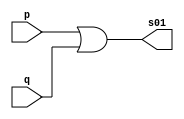
// ----------------------------------------
// Exerccio0010 - OR
// Nome: Joo Henrique Mendes de Oliveira
// ----------------------------------------

// -------------------------
// -- or gate
// -------------------------

module orgate01(output s01, input p, q);
	assign s01 = p | q;
endmodule //-- orgate01

module orgate02(output s02, input r, t);
	assign s02 = r | t;
endmodule //-- orgate02

module orgate(output s, input s01, s02);
	assign s = s01 | s02;
endmodule //-- orgate

// -------------------------
// -- test orgate
// -------------------------

module testorgate;
	reg a, b, c, d;
	wire s01, s02, s;
	
	orgate OR1(s01, a, b);
	orgate OR2(s02, c, d);
	orgate OR3(s, s01, s02);
	
	initial begin:start
		a = 0; b = 0; c = 0; d = 0;
	end //-- start
	
	initial begin:main
		$display("Exerccio0009 - Joo Henrique - 392734");
		$display("Test OR gate");
		$display("\na | b | c | d = s\n");
		$monitor("%b | %b | %b | %b = %b", a, b, c, d, s);
		
	#1 a = 0; b = 0; c = 0; d = 0;
	#1 a = 0; b = 0; c = 0; d = 1;
	#1 a = 0; b = 0; c = 1; d = 0;
	#1 a = 0; b = 0; c = 1; d = 1;
	#1 a = 0; b = 1; c = 0; d = 0;
	#1 a = 0; b = 1; c = 0; d = 1;
	#1 a = 0; b = 1; c = 1; d = 0;
	#1 a = 0; b = 1; c = 1; d = 1;
	#1 a = 1; b = 0; c = 0; d = 0;
	#1 a = 1; b = 0; c = 0; d = 1;
	#1 a = 1; b = 0; c = 1; d = 0;
	#1 a = 1; b = 0; c = 1; d = 1;
	#1 a = 1; b = 1; c = 0; d = 0;
	#1 a = 1; b = 1; c = 0; d = 1;
	#1 a = 1; b = 1; c = 1; d = 0;
	#1 a = 1; b = 1; c = 1; d = 1;
	
	end //-- main

endmodule //-- testorgate